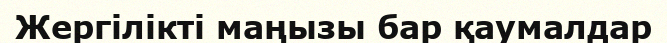
Жергілікті маңызы бар қаумалдар